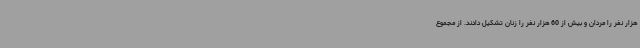
هزار نفر را مردان و بیش از 60 هزار نفر را زنان تشکیل دادند. از مجموع